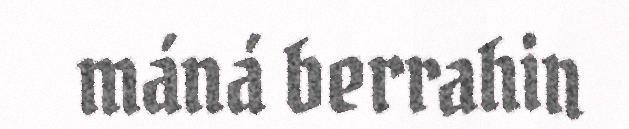
máná berrahin